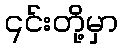
၎င်းတို့မှာ